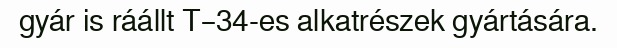
gyár is ráállt T–34-es alkatrészek gyártására.